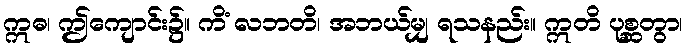
ဣဓ၊ ဤကျောင်း၌။ ကိံ လဘတိ၊ အဘယ်မျှ ရသနည်း။ ဣတိ ပုစ္ဆတွာ၊